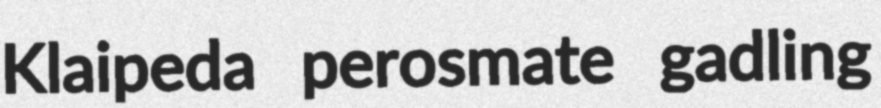
Klaipeda perosmate gadling